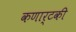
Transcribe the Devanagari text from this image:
कणार्टकी